Medical and sanitary report of the native army of Madras for the year
Year: 1878
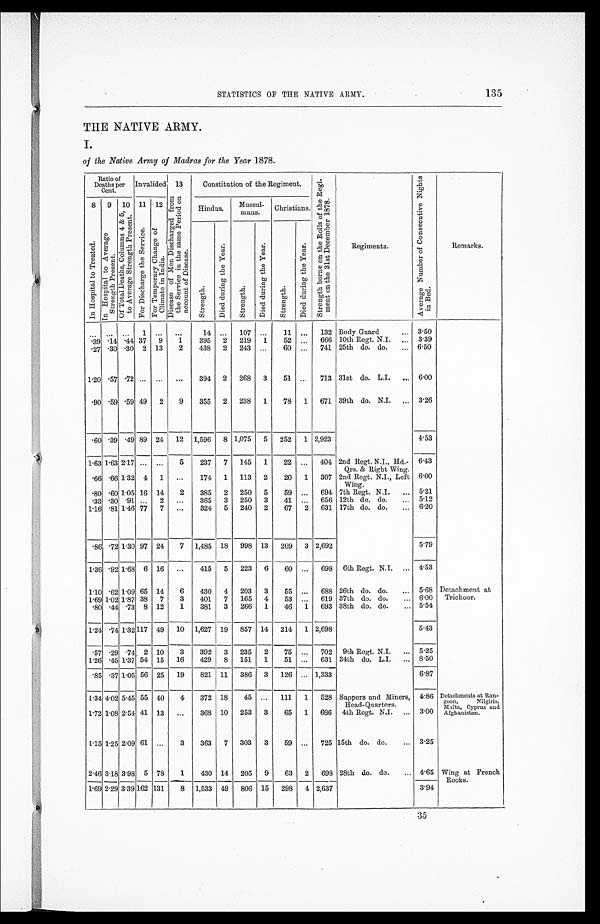
135
STATISTICS OF THE NATIVE ARMY.
THE NATIVE ARMY.
I.
of the Native Army of Madras for the Year 1878.
Ratio of
Deaths per
Cent.
Invalided
13
D i s e a s e o f M e n D i s c h a r g e d f r o m t h e S e r v i c e i n t h e s a m e P e r i o d o n a c c o u n t o f D i s e a s e .
Constitution of the Regiment.
S t r e n g t h b o r n e o n t h e R o l l s o f t h e R e g i - m e n t o n t h e 3 1 s t D e c e m b e r 1 8 7 8 .
Regiments.
A v e r a g e N u m b e r o f C o n s e c u t i v e N i g h t s i n B e d .
Remarks.
8
I n H o s p i t a l t o T r e a t e d .
9
I n H o s p i t a l t o A v e r a g e S t r e n g t h P r e s e n t .
10
O f T o t a l D e a t h s , C o l u m n s 4 & 5 , t o A v e r a g e S t r e n g t h P r e s e n t .
11
F o r D i s c h a r g e t h e S e r v i c e .
12
F o r T e m p o r a r y C h a n g e o f C l i m a t e i n I n d i a .
Hindus.
Mussul-
mans.
Christians.
S t r e n g t h .
D i e d d u r i n g t h e Y e a r .
S t r e n g h
.
D i e d d u r i n g t h e Y e a r
S t r e n g t h .
D i e d d u r i n g t h e Y e a r .
. . .
. . .
. . .
1
. . .
. . .
14
. . .
107
. . .
11
. . .
132 Body Guard . . .
3.50
.39 .14 .44 37
9
1
395
2
219
1
52
. . .
666 10th Regt. N.I. . . .
3.39
.27 .30 .30
2
13
2
438
2
243
. . .
60
. . .
741 25th do. do. . . .
6.50
1.20 .57 .72
. . .
. . .
. . .
394
2
268
3
51
. . .
713 31st do. L.I. . . .
6.00
.90 .59 .59 49
2
9
355
2
238
1
78
1
671 39th do. N.I. . . .
3.26
.60 .39 .49 89
24
12
1,596
8 1,075
5
252
1 2,923
4.53
1.63 1.63 2.17
. . .
. . .
5
237
7
145
1
22
. . .
404 2nd Regt. N.I., Hd.-
Qrs. & Right Wing.
6.43
.66 .66 1.32
4
1
. . .
174
1
113
2
20
1
307 2nd Regt. N.I., Left
Wing.
6.00
.80 .60 1.05 16
14
2
385
2
250
5
59
. . .
694 7th Regt. N.I. . . .
5.21
.33 .30 .91
. . .
2
. . .
365
3
250
3
41
. . .
656 12th do. do. . . .
5.12
1.16 .81 1.46 77
7
. . .
324
5
240
2
67
2
631 17th do. do. . . .
6.20
.86 .72 1.30 97
24
7
1,485
18
998
13
209
3 2,692
5.79
1 . 3 6 .92 1.68
6
16
. . .
415
5
223
6
60
. . .
698
6th Regt. N.I. . . .
4.53
1 . 1 0 .62 1.09 65
14
6
430
4
203
3
55
. . .
688 26th do. do. . . .
5.68 Detachment at
Trichoor.
1.69 1.02 1.87 38
7
3
401
7
165
4
53
. . .
619 37th do. do. . . .
6.00
.80 .44 .73
8
12
1
381
3
266
1
46
1
693 38th do. do. . . .
5.54
1.24 .74
1 . 3 2
1 1 7
49
10
1,627
19
857
14
214
1 2,698
5.43
.57 .29 .74
2
10
3
392
3
235
2
75
. . .
702
9th Regt. N.I. . . .
5.25
1.26 .45 1.37 54
15
16
429
8
151
1
51
. . .
631 34th do. L.I. . . .
8.50
.85 .37 1.05 56
25
19
821
11
386
3
126
. . . 1,333
6.87
1.34 4.02 5.45 55
40
4
372
18
45
. . .
111
1
528 Sappers and Miners,
Head-Quarters.
4.86 Detachments at Ran-
goon, Nilgiris,
Malta, Cyprus and
Afghanistan.
1.72 1.08 2.54 41
13
. . .
368
10
253
3
65
1
686
4th Regt. N.I. . . .
3.00
1.15 1.25 2.09 61
. . .
3
363
7
303
3
59
. . .
725 15th do. do. . . .
3.25
2.46 3.18 3.98
5
78
1
430
14
205
9
63
2
698 28th do. do. . . .
4.65 Wing at French
Rocks.
1.69 2.29 3.39
1 6 2
1 3 1
8
1,533
49
806
15
298
4 2,637
3.94